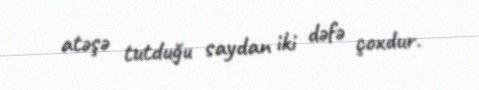
atəşə tutduğu saydan iki dəfə çoxdur.